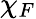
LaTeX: \chi_{F}